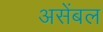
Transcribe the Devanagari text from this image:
असेंबल